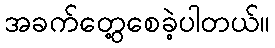
အခက်တွေ့စေခဲ့ပါတယ်။